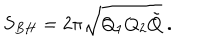
LaTeX: S _ { B H } = 2 \pi \sqrt { Q _ { 1 } Q _ { 2 } \tilde { Q } } \ .